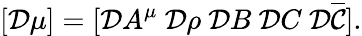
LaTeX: [{\cal D}\mu]=[{\cal D}A^{\mu}~{\cal D}\rho~{\cal D}B~{\cal D}C~{\cal D}\overline{{{\cal C}}}].